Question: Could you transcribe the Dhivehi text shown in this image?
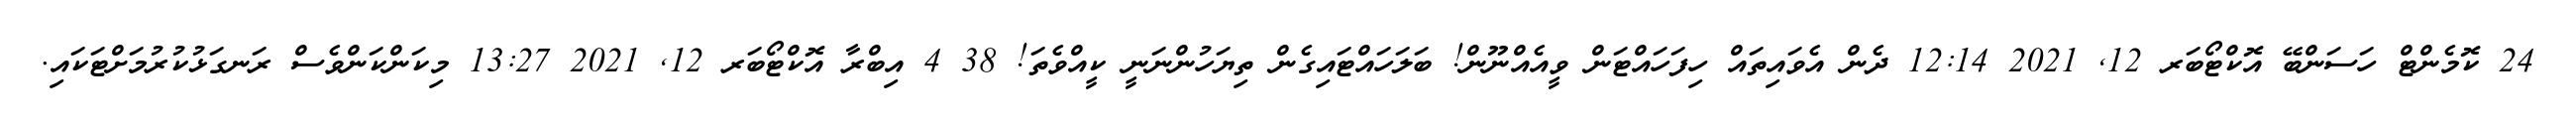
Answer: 24 ކޮމެންޓް ހަސަންބޭ އޮކްޓޯބަރ 12, 2021 12:14 ދެން އެވައިތައް ހިފަހައްޓަން ވީއެއްނޫން! ބަލަހައްޓައިގެން ތިޔަހުންނަނީ ކީއްވެތަ! 38 4 އިބްރާ އޮކްޓޯބަރ 12, 2021 13:27 މިކަންކަންވެސް ރަނގަޅުކުރުމަށްޓަކައި.